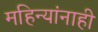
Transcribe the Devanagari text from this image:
महिन्यांनाही